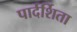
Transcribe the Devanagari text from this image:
पार्दर्शिता